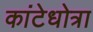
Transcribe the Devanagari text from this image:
कांटेधोत्रा